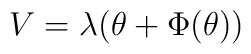
V=\lambda (\theta +\Phi (\theta ))